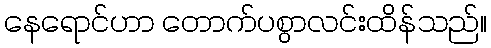
နေရောင်ဟာ တောက်ပစွာလင်းထိန်သည်။